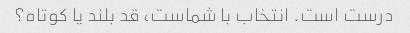
درست است. انتخاب با شماست، قد بلند یا کوتاه؟